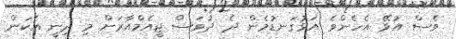
ވެސް އުޅޭ އެހެންވެ އަޅުގަނޑުމެން ދެ ދުވަސް ޖީއެމްއާރަށް މި ދިނީ އެކަން